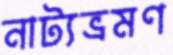
নাট্যভ্রমণ